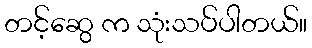
တင့်ဆွေ က သုံးသပ်ပါတယ်။